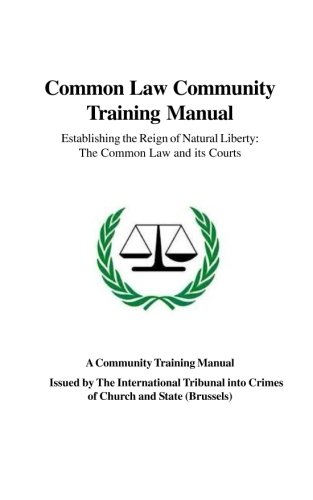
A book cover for Common Law Community Training Manual: Establishing the Reign of Natural Liberty: The Common Law and its Courts; Rev. Kevin D. Annett; Law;